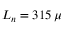
L _ { n } = 3 1 5 \, \mu